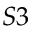
S 3